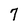
Character: 7